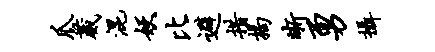
爪葳混妖比避措揭晰勇摄